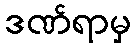
ဒဏ်ရာမှ